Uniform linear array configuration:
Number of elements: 32
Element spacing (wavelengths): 0.25
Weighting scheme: hamming
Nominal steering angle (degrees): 0
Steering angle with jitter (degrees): -0.123
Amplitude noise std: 0.05
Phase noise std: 0.05

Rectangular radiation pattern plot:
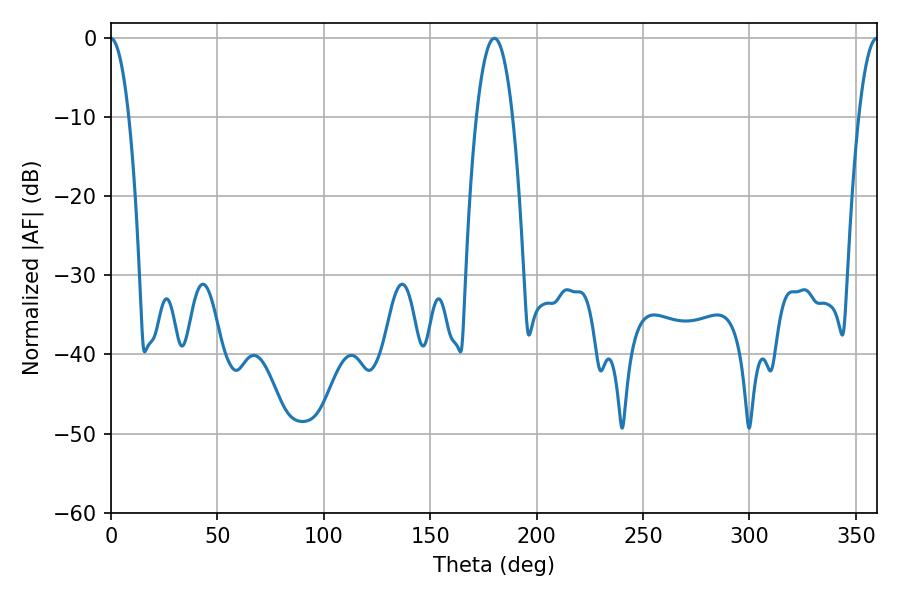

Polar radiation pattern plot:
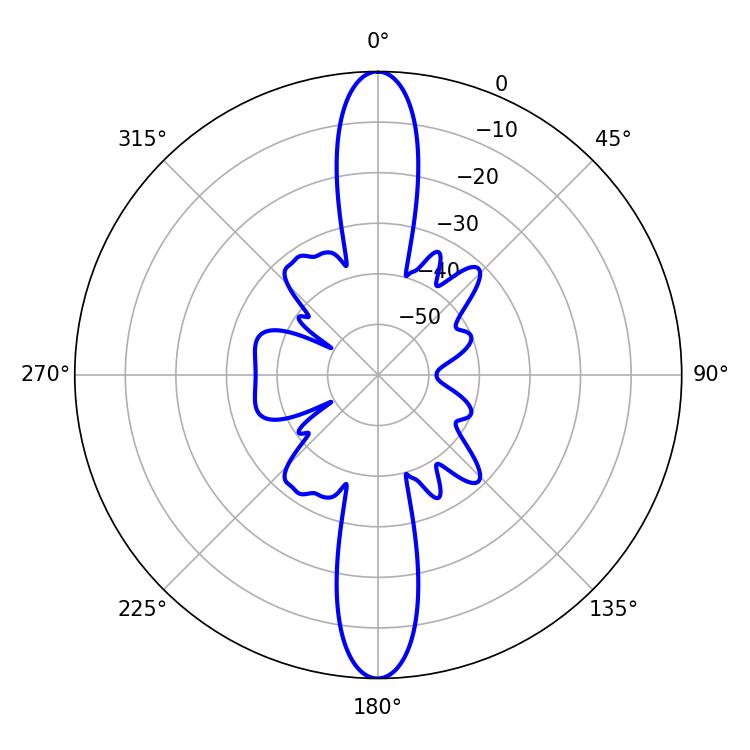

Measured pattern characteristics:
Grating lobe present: FALSE
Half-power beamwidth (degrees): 9.36
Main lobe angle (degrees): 180.18